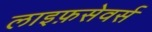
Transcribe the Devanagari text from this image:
लाइफ़सेवर्स